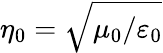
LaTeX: \eta_{0}=\sqrt{\mu_{0}/\varepsilon_{0}}